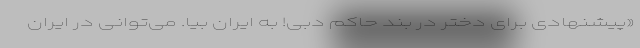
«پیشنهادی برای دختر در بند حاکم دبی! به ایران بیا. می‌توانی در ایران